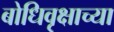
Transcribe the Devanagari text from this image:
बोधिवृक्षाच्या